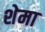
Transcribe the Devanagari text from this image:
शेमा